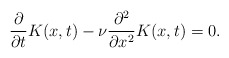
\begin{align*}\frac{\partial}{\partial t}K(x,t)-\nu \frac{\partial^2}{\partial x^2}K(x,t)=0.\end{align*}